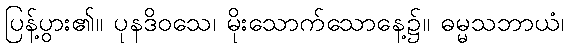
ပြန့်ပွား၏။ ပုနဒိဝသေ၊ မိုးသောက်သောနေ့၌။ ဓမ္မသဘာယံ၊